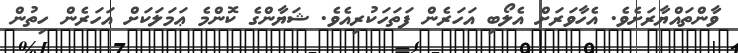
ވާންތައްޔާރަށެވެ. އެހާވަރަށް އެލޯބި އަހަރެން ފަތަހަކުރިއެވެ. ޝަޔާންގެ ކޮންމެ ޢަމަލަކަށް އަހަރެން ހިތުން